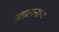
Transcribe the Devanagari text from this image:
उडतानाच